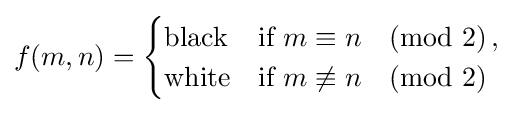
\displaystyle {f(m,n)}={\begin{cases}{\text{black}}&{\text{if}}\ m\equiv n{\pmod {2}}\,,\\{\text{white}}&{\text{if}}\ m\not \equiv n{\pmod {2}}\\\end{cases}}